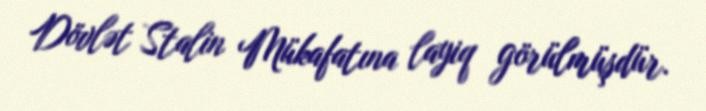
Dövlət Stalin Mükafatına layiq görülmüşdür.